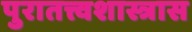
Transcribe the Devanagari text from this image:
पुरातत्त्वशास्त्रास